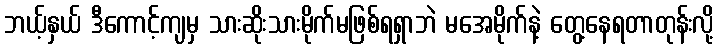
ဘယ့်နှယ် ဒီကောင့်ကျမှ သားဆိုးသားမိုက်မဖြစ်ရရှာဘဲ မအေမိုက်နဲ့ တွေ့နေရတာတုန်းလို့